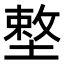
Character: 𡏴